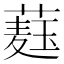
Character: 𦼆